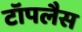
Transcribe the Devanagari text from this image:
टॉपलैस